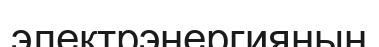
электрэнергияның